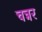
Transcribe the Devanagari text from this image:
चन्नर